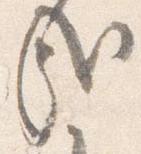
哉